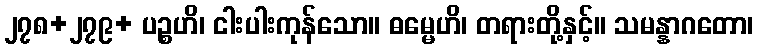
၂၇၈+၂၇၉+ ပဉ္စဟိ၊ ငါးပါးကုန်သော။ ဓမ္မေဟိ၊ တရားတို့နှင့်။ သမန္နာဂတော၊